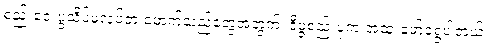
စည်းဝေးပွဲသိပ်မလုပ်တဲ့ ဖောက်သည်တွေအတွက်၊ ဒီဖွဲ့စည်းပုံက အထူးဖော်ရွေပါတယ်။